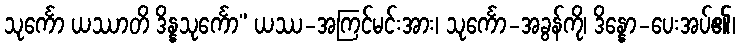
သုင်္ကော ယဿာတိ ဒိန္နသုင်္ကော” ယဿ-အကြင်မင်းအား၊ သုင်္ကော-အခွန်ကို၊ ဒိန္နော-ပေးအပ်၏၊